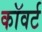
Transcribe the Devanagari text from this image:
कॉवर्ट